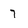
Character: 7